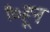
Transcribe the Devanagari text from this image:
९०हून